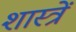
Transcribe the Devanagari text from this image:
शास्त्रें